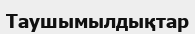
Таушымылдықтар